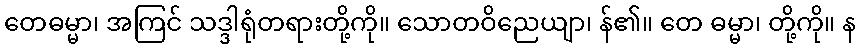
တေဓမ္မာ၊ အကြင် သဒ္ဒါရုံတရားတို့ကို။ သောတဝိညေယျာ၊ န်၏။ တေ ဓမ္မာ၊ တို့ကို။ န